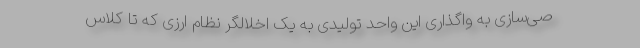
صی‌سازی به واگذاری این واحد تولیدی به یک اخلالگر نظام ارزی که تا کلاس